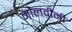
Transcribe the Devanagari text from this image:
मौलवींनी